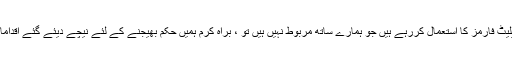
اگر آپ دوسرے پلیٹ فارمز کا استعمال کررہے ہیں جو ہمارے ساتھ مربوط نہیں ہیں تو ، براہ کرم ہمیں حکم بھیجنے کے لئے نیچے دیئے گئے اقدامات پر عمل کریں۔